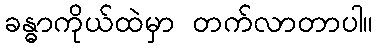
ခန္ဓာကိုယ်ထဲမှာ တက်လာတာပါ။